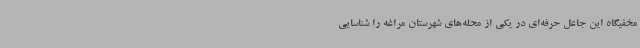
مخفیگاه این جاعل حرفه‌ای در یکی از محله‌های شهرستان مراغه را شناسایی